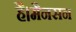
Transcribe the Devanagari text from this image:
है।मैनसन